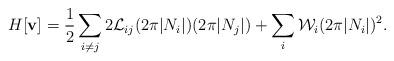
LaTeX: \begin{align*}H[{\bf v}] = \frac{1}{2}\sum_{i \neq j} 2{\cal L}_{ij}(2\pi|N_i|)(2\pi|N_j|) + \sum_i {\cal W}_i(2\pi|N_i|)^2.\end{align*}